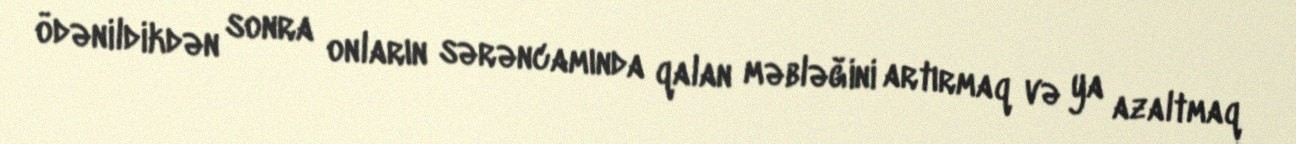
ödənildikdən sonra onların sərəncamında qalan məbləğini artırmaq və ya azaltmaq